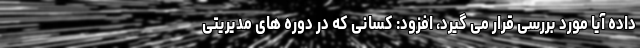
داده آیا مورد بررسی قرار می گیرد، افزود: کسانی که در دوره های مدیریتی